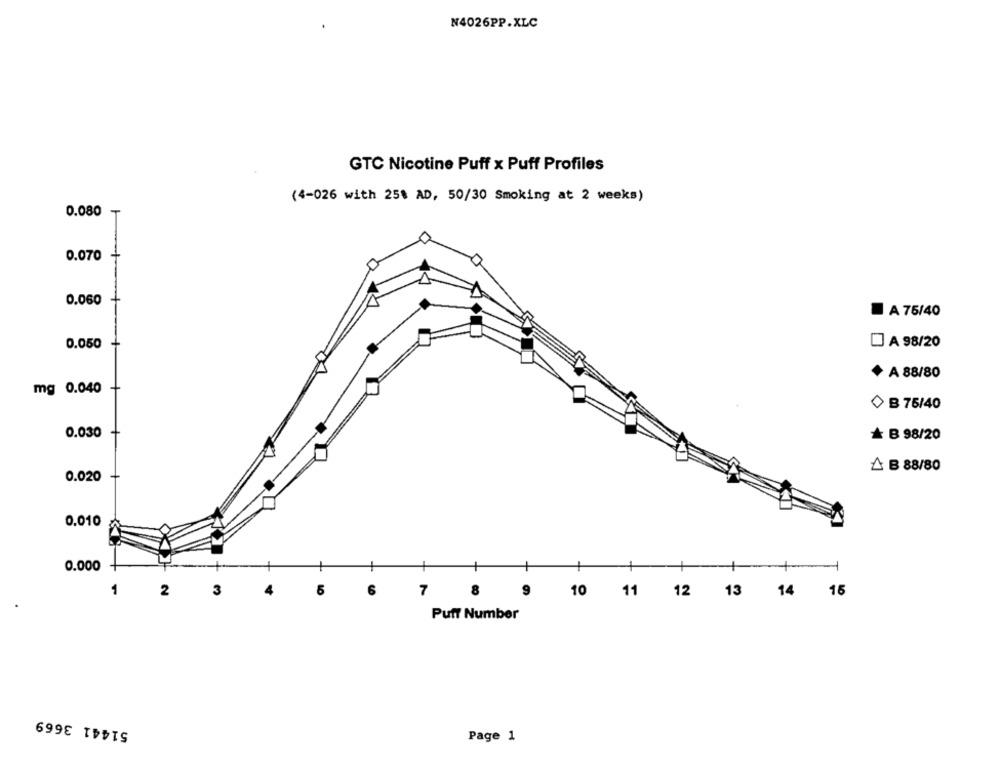
N4026PP.XLC
GTC Nicotine Puff x Puff Profiles
(4-026 with 25% AD, 50/30 Smoking at 2 weeks)
0.080
0.070
0.060
A 75/40
0.050
DA 98/20
+ A 88/80
mg 0.040
B 75/40
0.030
& B 98/20
A B 88/80
0.020
0.010
0.000
1
2
3
6
6
7
8
9 10 11 12 13 14 15
Puff Number
51441 3669
Page 1